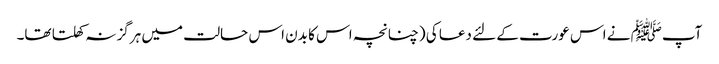
آپﷺ نے اس عورت کے لئے دعا کی (چنانچہ اس کا بدن اس حالت میں ہرگز نہ کھلتا تھا۔